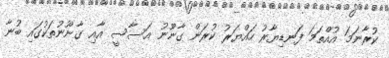
ކުރާނަމަ އުއްތަމަ ފަނޑިޔާރު ހައްޔަރު ކުރަން ގާނޫނު އަސާސީ އާއި ގާނޫނުތަކުގައި ބުނާ